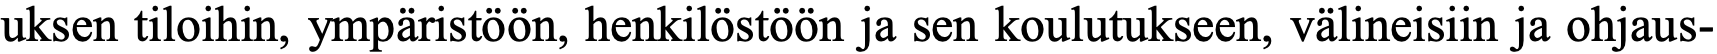
uksen tiloihin, ympäristöön, henkilöstöön ja sen koulutukseen, välineisiin ja ohjaus-